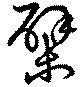
檗